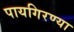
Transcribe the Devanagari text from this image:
पायगिरण्या